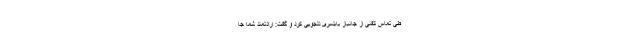
طی تماس تلفنی از جانباز بابلسری دلجویی کرد و گفت: ارادتمند شما جا